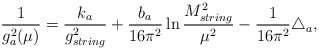
\begin{align*}\frac{1}{g_a^2(\mu)}=\frac{k_a}{g_{string}^2} +\frac{b_a}{16\pi^2} \ln \frac {M_{string}^2}{\mu^2} -\frac{1}{16 \pi^2} \triangle_a , \end{align*}